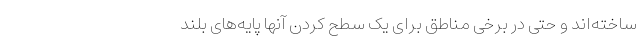
ساخته‌اند و حتی در برخی مناطق برای یک سطح کردن آنها پایه‌های بلند